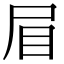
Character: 𭕘